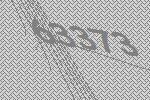
63373